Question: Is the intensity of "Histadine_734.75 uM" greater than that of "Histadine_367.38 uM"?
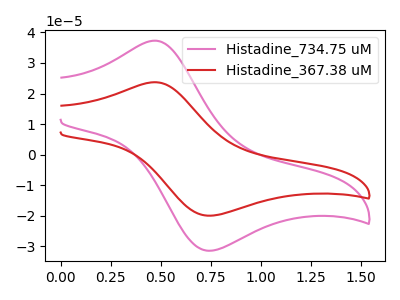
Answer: <think>The pink curve "Histadine_734.75 uM" has an anodic peak at (0.45V, 37.30uA) and a cathodic peak at (0.75V, -31.40uA). The red curve "Histadine_367.38 uM" has an anodic peak at (0.45V, 23.70uA) and a cathodic peak at (0.75V, -19.95uA).
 All the peaks in "Histadine_734.75 uM" have a peak in "Histadine_367.38 uM" at the same potential. Every peak in "Histadine_734.75 uM" is higher than every peak in "Histadine_367.38 uM".</think>
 <answer>"Histadine_734.75 uM" has more signal than "Histadine_367.38 uM".</answer>
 <eval>more_signal</eval>